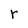
Character: r